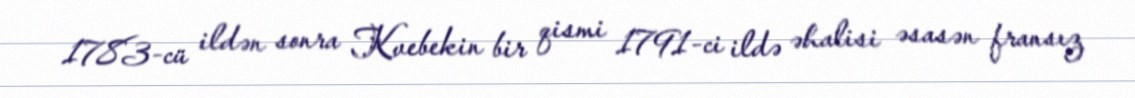
1783-cü ildən sonra Kvebekin bir qismi 1791-ci ildə əhalisi əsasən fransız